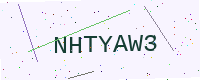
Text: NHTYAW3